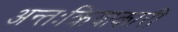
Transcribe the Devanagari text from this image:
अन्तःक्रियाकारी